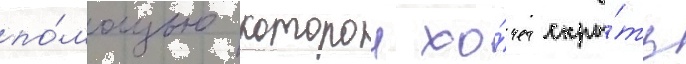
по́мощью которои хо́чет скры́ть